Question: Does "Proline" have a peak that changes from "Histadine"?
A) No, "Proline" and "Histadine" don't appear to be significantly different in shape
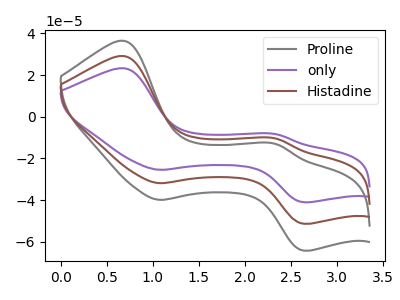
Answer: <think>The gray curve "Proline" has anodic peaks at (0.70V, 36.45uA) (2.35V, -13.05uA) and cathodic peaks at (1.05V, -39.85uA) (2.65V, -64.30uA). The purple curve "only" has anodic peaks at (0.70V, 58.25uA) (2.35V, -20.85uA) and cathodic peaks at (1.05V, -63.70uA) (2.65V, -102.75uA). The brown curve "Histadine" has anodic peaks at (0.70V, 29.15uA) (2.35V, -10.45uA) and cathodic peaks at (1.05V, -31.85uA) (2.65V, -51.35uA).
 All the peaks in "Proline" have a peak in "Histadine" at the same potential.</think>
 <answer>A) No, "Proline" and "Histadine" don't appear to be significantly different in shape</answer>
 <eval>A</eval>